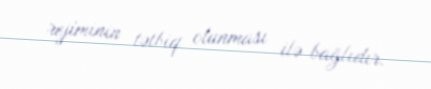
rejiminin tətbiq olunması ilə bağlıdır.